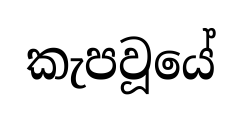
කැපවූයේ